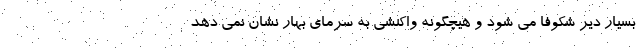
بسیار دیر شکوفا می شود و هیچگونه واکنشی به سرمای بهار نشان نمی دهد